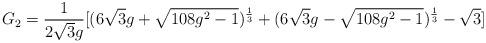
LaTeX: \begin{align*}G_2=\frac{1}{2\sqrt{3}g}[(6\sqrt{3}g+\sqrt{108 g^2-1})^{\frac{1}{3}}+(6\sqrt{3}g-\sqrt{108 g^2-1})^{\frac{1}{3}}-\sqrt{3}]\end{align*}